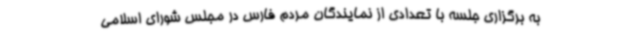
به برگزاری جلسه با تعدادی از نمایندگان مردم فارس در مجلس شورای اسلامی